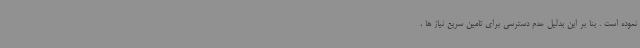
نموده است . بنا بر این بدلیل عدم دسترسی برای تامین سریع نیاز ها ،